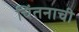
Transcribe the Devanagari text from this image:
चिंतनाची